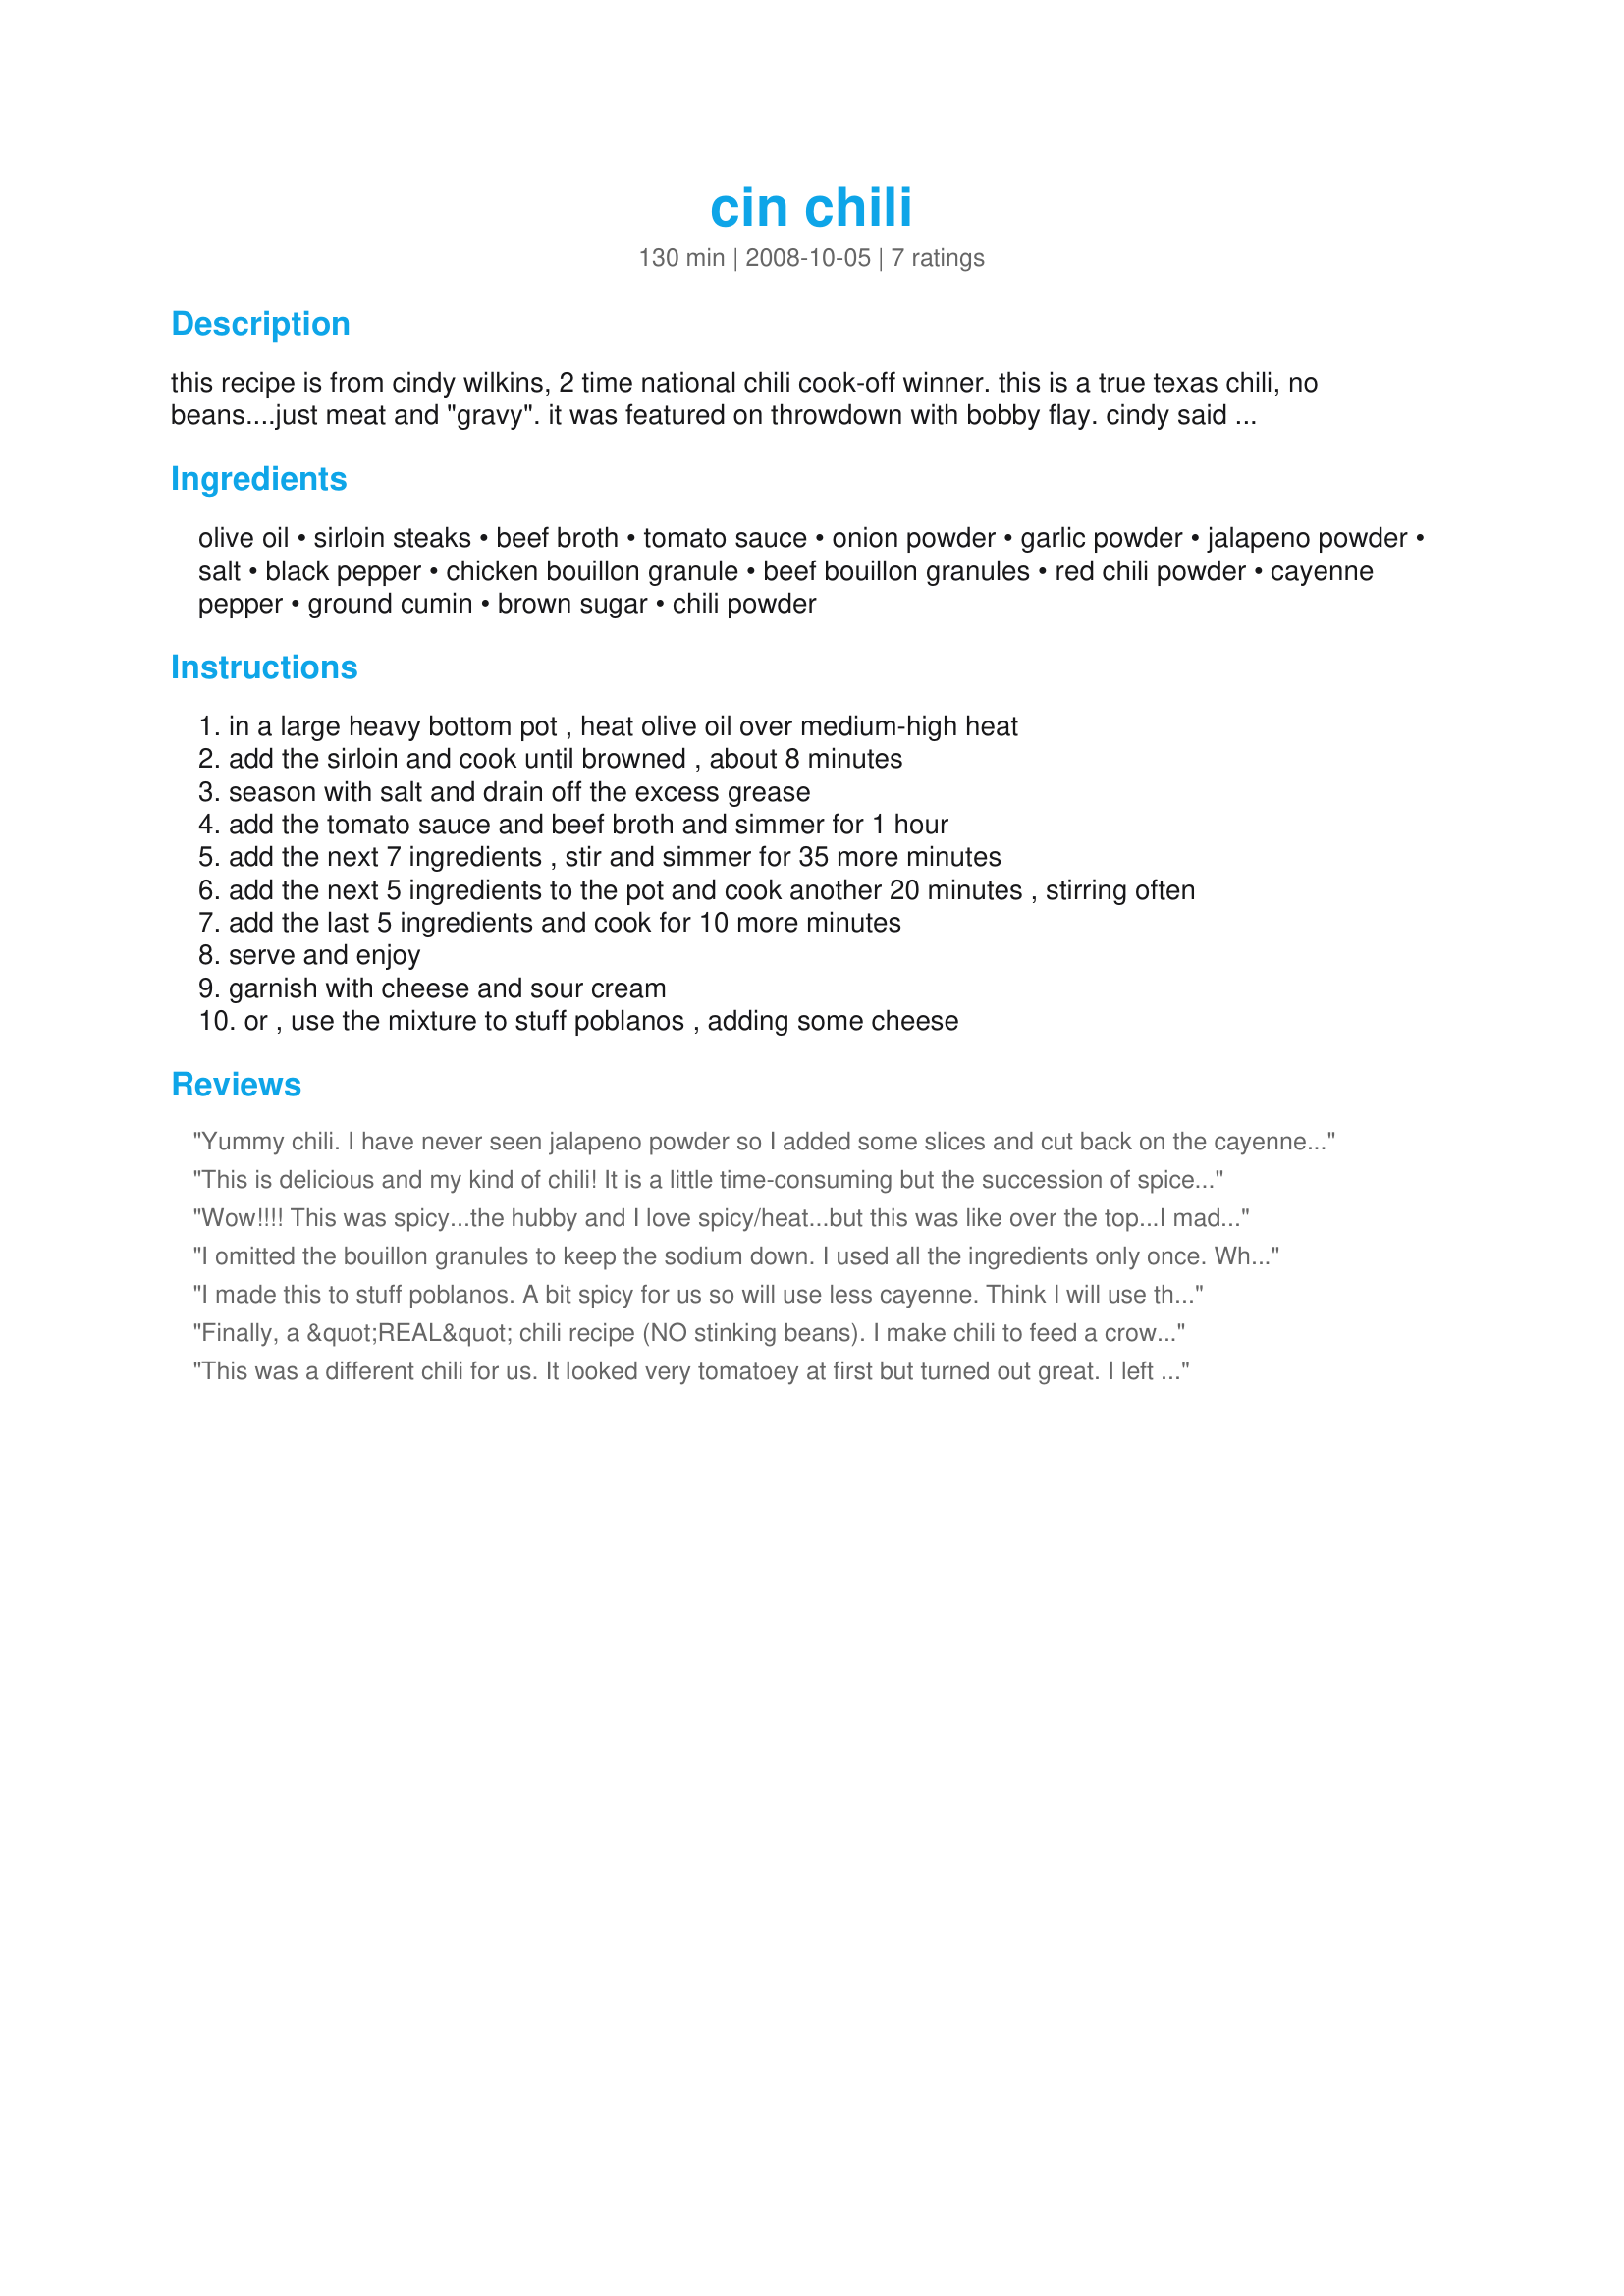
cin chili
Preparation time: 130 minutes

this recipe is from cindy wilkins, 2 time national chili cook-off winner. this is a true texas chili, no beans....just meat and "gravy". it was featured on throwdown with bobby flay. cindy said she doesn't use fresh onions and peppers in her chili because you can't predict how hot, how flavorful, etc, the fresh ones will be. that's why she prefers to use the powders. this is great as is, but i really use it to stuff poblano peppers, stirring in lots of shredded monterey jack cheese!

Ingredients:
olive oil, sirloin steaks, beef broth, tomato sauce, onion powder, garlic powder, jalapeno powder, salt, black pepper, chicken bouillon granule, beef bouillon granules, red chili powder, cayenne pepper, ground cumin, brown sugar, chili powder

Steps:
in a large heavy bottom pot , heat olive oil over medium-high heat
add the sirloin and cook until browned , about 8 minutes
season with salt and drain off the excess grease
add the tomato sauce and beef broth and simmer for 1 hour
add the next 7 ingredients , stir and simmer for 35 more minutes
add the next 5 ingredients to the pot and cook another 20 minutes , stirring often
add the last 5 ingredients and cook for 10 more minutes
serve and enjoy
garnish with cheese and sour cream
or , use the mixture to stuff poblanos , adding some cheese

Reviews:
Yummy chili. I have never seen jalapeno powder so I added some slices and cut back on the cayenne. The rest went by the recipe and was very worth the time spent. What better to do on a winter afternoon. I went ahead and made the full batch as this is just the sort of thing that I love to have in the freezer in serving size portions. Served with some corn bread for a warming and comforting meal in a bowl.
This is delicious and my kind of chili! It is a little time-consuming but the succession of spice dumps is worth it, since they serve to flavor the meat without the flavor being lost (if chili spices cook too long they have a tendency to disappear). I used a sirloin tip roast and chopped it up into small chunks. I also had seasoned pinto beans ready on the side for those who wanted to stir a few in. Thanks for sharing! Everyone enjoyed. ~Sue
Wow!!!! This was spicy...the hubby and I love spicy/heat...but this was like over the top...I made as posted...but I have to tell you to add lots of sour cream to lower the heat...the flavor is amazing...you just need to get past the heat...I did serve it with the cheese and sour cream....because there&#039;s just two of us I plan to add pinto beans to the extra and serve it over elbow noodles...made for &quot;For Your Consideration&quot; tag game...
I omitted the bouillon granules to keep the sodium down. I used all the ingredients only once. When called for the second and third time I just omitted because I found no need for it! Plenty of flavor as is! I used chuck pot roast that I trimmed of fat and cubed. After adding the broth and tomato sauce I added the spices. The flavor was not lost with the 3 hour cooking that I did. I actually found the garlic a bit strong. But we like that! I didn`t top the first night. DH did use sour cream. The leftovers we did top with some shredded cheese and Recipe #97531. Thanks for the comfort food!
I made this to stuff poblanos. A bit spicy for us so will use less cayenne. Think I will use the left overs in a salad.
Finally, a &quot;REAL&quot; chili recipe (NO stinking beans). I make chili to feed a crowd of 30-50+ people at our local shelter on occasion, and have no choice but to do the ground beef and bean variation (I&#039;m not rich). But for hubby and I, we indulged in this one. I made this for Football Sunday. After it was done, I transferred it to a crock pot set to &quot;warm&quot;. We ate this from 1 p.m. until about 8 p.m. and polished it off between the 2 of us (Hubby ate more than me). There was only 1 thing I changed... and that was the jalapeno powder. I never found it in the store, so I sliced a small jalapeno down one side, scraped the seeds and ribs out, and added it whole during Step #3 for the 35 minutes. I then fished it out before going onto Step #4. I think it worked out just right. I served the chili with shredded cheese, sour cream, sliced scallions and oyster crackers. I think I may try this &quot;gravy&quot; recipe next time I need to make the ground beef and bean batch for the crowd. The flavor is really, really good. Thank you for posting. (Made for Week 9 Football Pool win)
This was a different chili for us. It looked very tomatoey at first but turned out great. I left out the bouillon, used chopped jalapeno and only used the ingredient list once. We also had a side of beans in case someone needed them. Made for Rookie Tag Game 2013.
